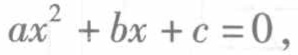
\(ax^{2}+bx + c = 0,\)